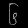
Digit: ၆